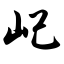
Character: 屺